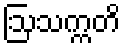
ဩသက္ကတိ